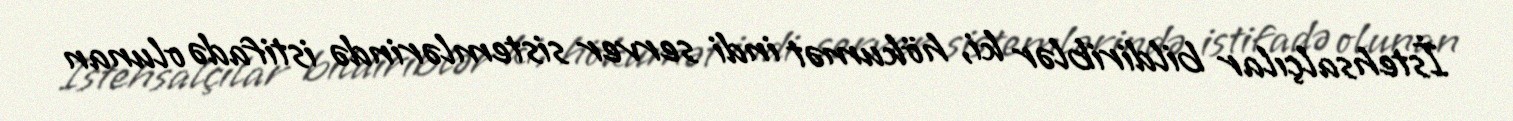
İstehsalçılar bildiriblər ki, hökumət indi server sistemlərində istifadə olunan